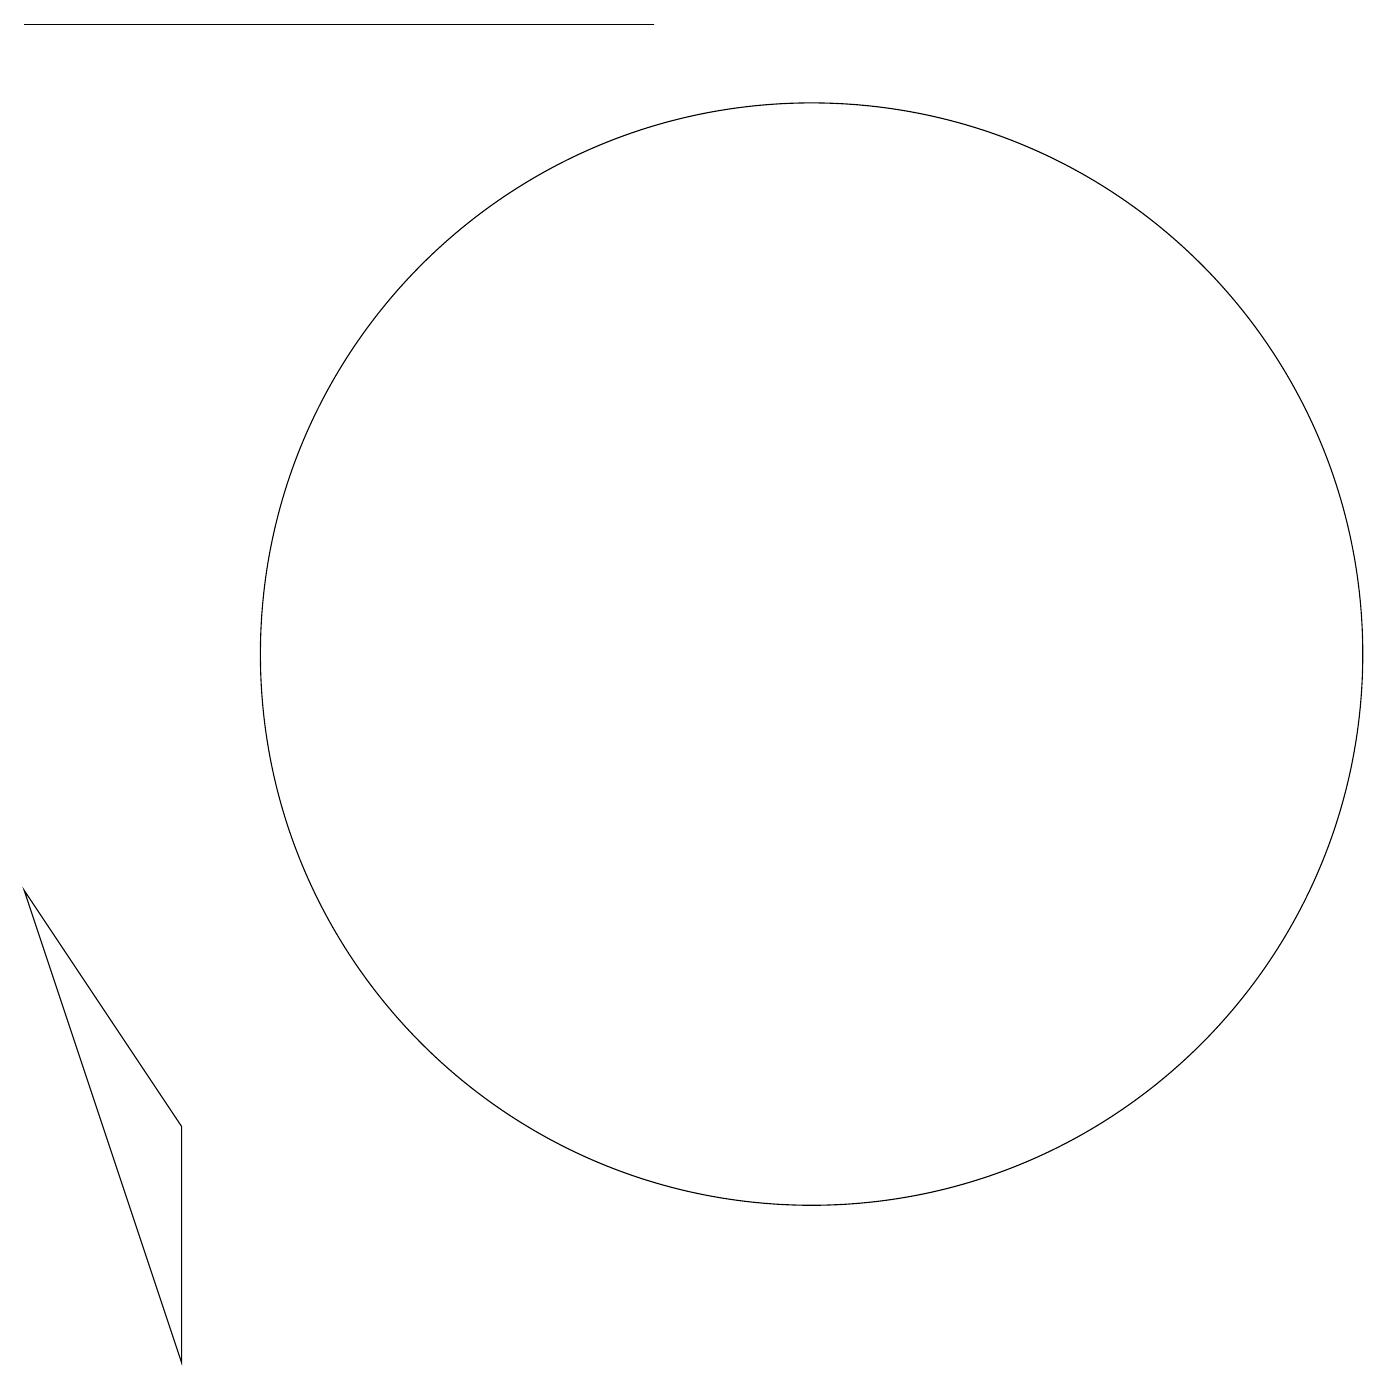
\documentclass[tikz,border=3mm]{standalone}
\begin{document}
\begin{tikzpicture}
\draw (11,10) circle (7);
\draw (3,4) -- (3,1) -- (1,7) -- cycle;
\draw (9,18) rectangle (1,18);
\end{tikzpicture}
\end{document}